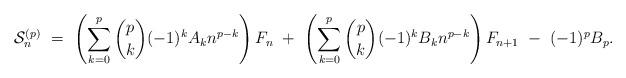
LaTeX: \begin{align*}\mathcal{S}_n^{(p)} \ = \ \left(\sum_{k=0}^p \binom{p}{k} (-1)^k A_k n^{p-k}\right) F_n\ + \ \left(\sum_{k=0}^p \binom{p}{k} (-1)^k B_k n^{p-k}\right) F_{n+1} \ - \ (-1)^p B_p.\end{align*}